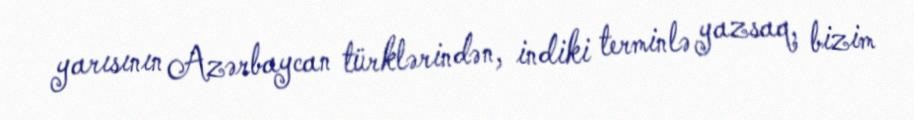
yarısının Azərbaycan türklərindən, indiki terminlə yazsaq, bizim